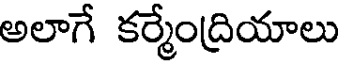
అలాగే కర్మేంద్రియాలు